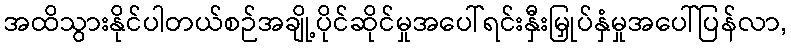
အထိသွားနိုင်ပါတယ်စဉ်အချို့ပိုင်ဆိုင်မှုအပေါ်ရင်းနှီးမြှုပ်နှံမှုအပေါ်ပြန်လာ,